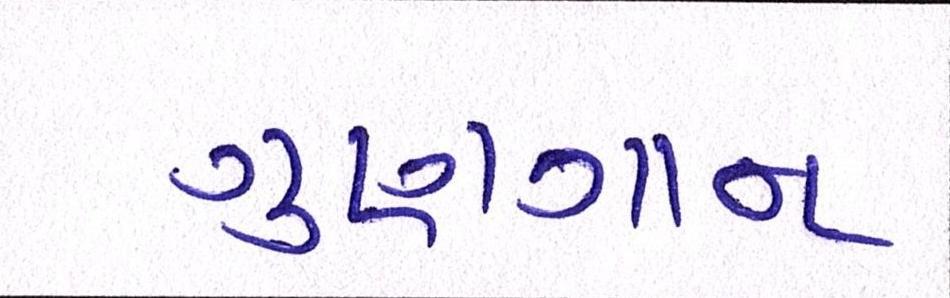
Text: ગુણગાન